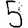
Digit: 5